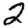
Digit: 2